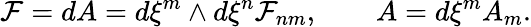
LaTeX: {\cal F}=dA=d\xi^{m}\wedge d\xi^{n}{\cal F}_{nm},\qquad A=d\xi^{m}A_{m}.